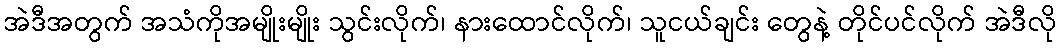
အဲဒီအတွက် အသံကိုအမျိုးမျိုး သွင်းလိုက်၊ နားထောင်လိုက်၊ သူငယ်ချင်း တွေနဲ့ တိုင်ပင်လိုက် အဲဒီလို